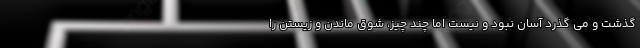
گذشت و می گذرد آسان نبود و نیست اما چند چیز، شوق ماندن و زیستن را